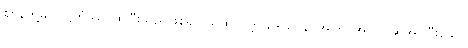
ဈာန်တို့မှ။ ဝုဋ္ဌိတံဿ၊ ထပြီးသည်ဖြစ်၍။ ယထာဝုတ္တ ဒေါသာနံ၊ အကြင်အကြင်ဆိုအပ်ပြီးသော